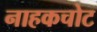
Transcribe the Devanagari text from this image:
नाहकचोट